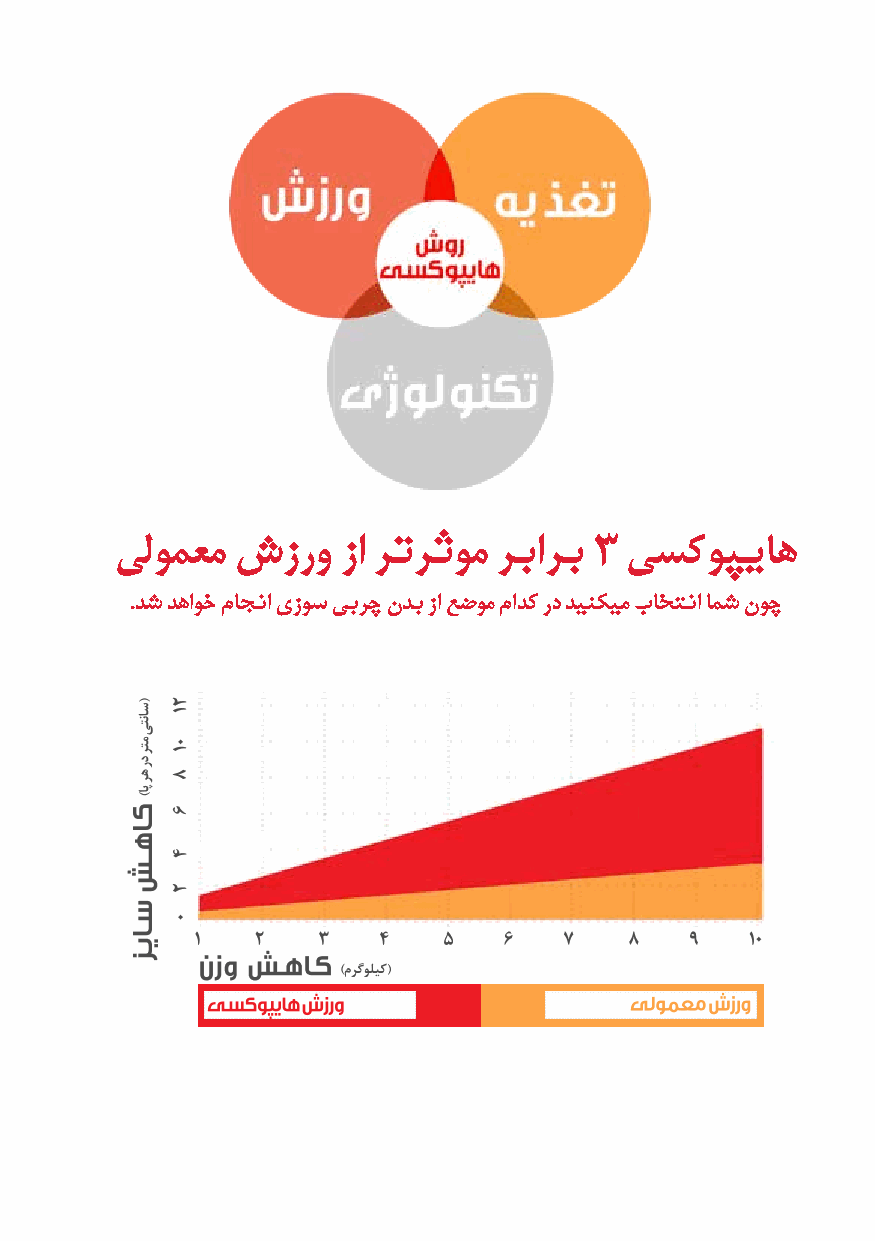
یلومعم شزرو    زا رترثوم ربارب 3 یسکوپیاه
 .دش دهاوخ ماجنا یزوس یبرچ ندب زا عضوم مادک رد دینکیم باختنا امش نوچ